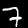
Digit: 7